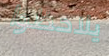
يلاحظوا